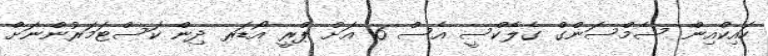
ހައިކްއިން ސެމްސަންގް ގެލެކްސީ އެސް 6 އަށް ޕްރީ އޯޑަރ ދިން ކަސްޓަމަރުންނަށް